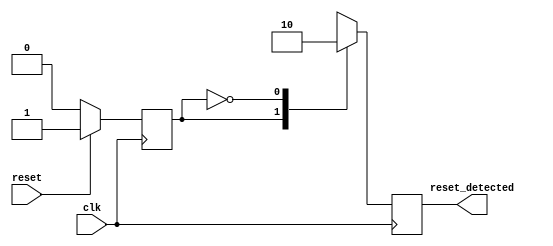
module sync_reset_detector (
    input wire clk,          // Clock signal
    input wire reset,        // Synchronous reset signal
    output reg reset_detected // Output indicating reset status
);

// State encoding
localparam RESET_STATE = 1'b1;
localparam NORMAL_STATE = 1'b0;

// State variable
reg state;

// Synchronous process to detect reset condition
always @(posedge clk) begin
    if (reset) begin
        state <= RESET_STATE;         // Transition to RESET_STATE
    end else begin
        state <= NORMAL_STATE;        // Transition to NORMAL_STATE
    end
end

// Output logic based on state
always @(posedge clk) begin
    case (state)
        RESET_STATE: begin
            reset_detected <= 1'b1;    // Reset condition active
        end
        NORMAL_STATE: begin
            reset_detected <= 1'b0;     // Reset condition inactive
        end
        default: begin
            reset_detected <= 1'b0;     // Default case (should not occur)
        end
    endcase
end

endmodule